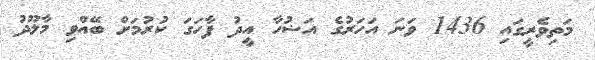
މަތިވެރީގައި 1436 ވަނަ އަހަރުގެ އަޟުހާ އީދު ފާހަގަ ކުރުމަށް ބޭއްވި މާލޫދު